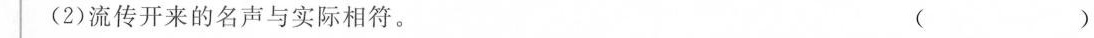
(2)流传开来的名声与实际相符。 ( )